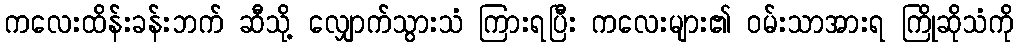
ကလေးထိန်းခန်းဘက် ဆီသို့ လျှောက်သွားသံ ကြားရပြီး ကလေးများ၏ ဝမ်းသာအားရ ကြိုဆိုသံကို